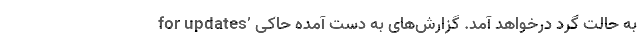
for updates’ به حالت گرد درخواهد آمد. گزارش‌های به‌ دست ‌آمده حاکی